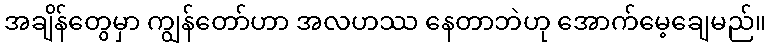
အချိန်တွေမှာ ကျွန်တော်ဟာ အလဟဿ နေတာဘဲဟု အောက်မေ့ချေမည်။